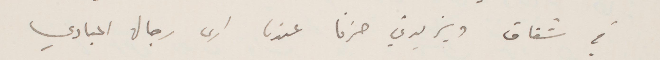
في شقاق ويزيدني حزنًا عندما أرى رجال المبادي